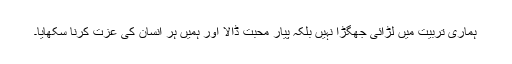
ہماری تربیت میں لڑائی جھگڑا نہیں بلکہ پیار محبت ڈالا اور ہمیں ہر انسان کی عزت کرنا سکھایا۔